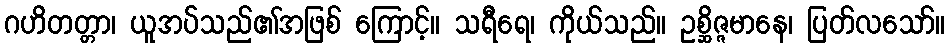
ဂဟိတတ္တာ၊ ယူအပ်သည်၏အဖြစ် ကြောင့်။ သရီရေ၊ ကိုယ်သည်။ ဥစ္ဆိဇ္ဇမာနေ၊ ပြတ်လသော်။